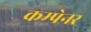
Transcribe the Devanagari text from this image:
कम्पेनर